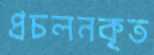
প্রচলনকৃত